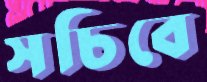
সচিবে